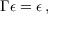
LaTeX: \Gamma \epsilon = \epsilon \, ,